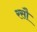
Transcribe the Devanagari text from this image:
रसौ